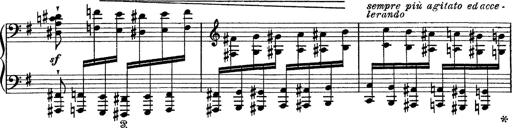
Title: Tarantelle di bravura dâ€™aprÃ¨s la tarantelle de La muette de Portici
Composer: Franz Liszt